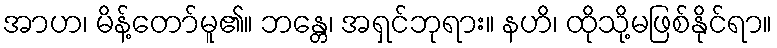
အာဟ၊ မိန့်တော်မူ၏။ ဘန္တေ၊ အရှင်ဘုရား။ နဟိ၊ ထိုသို့မဖြစ်နိုင်ရာ။